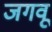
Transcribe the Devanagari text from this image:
जगवू